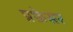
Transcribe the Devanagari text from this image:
प्रफ़ेसर